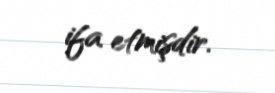
ifa etmişdir.